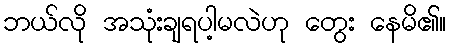
ဘယ်လို အသုံးချရပါ့မလဲဟု တွေး နေမိ၏။